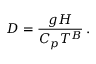
D = \frac { g H } { C _ { p } T ^ { B } } \, .